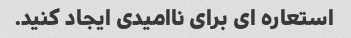
استعاره ای برای ناامیدی ایجاد کنید.